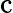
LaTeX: \mathrm{c}